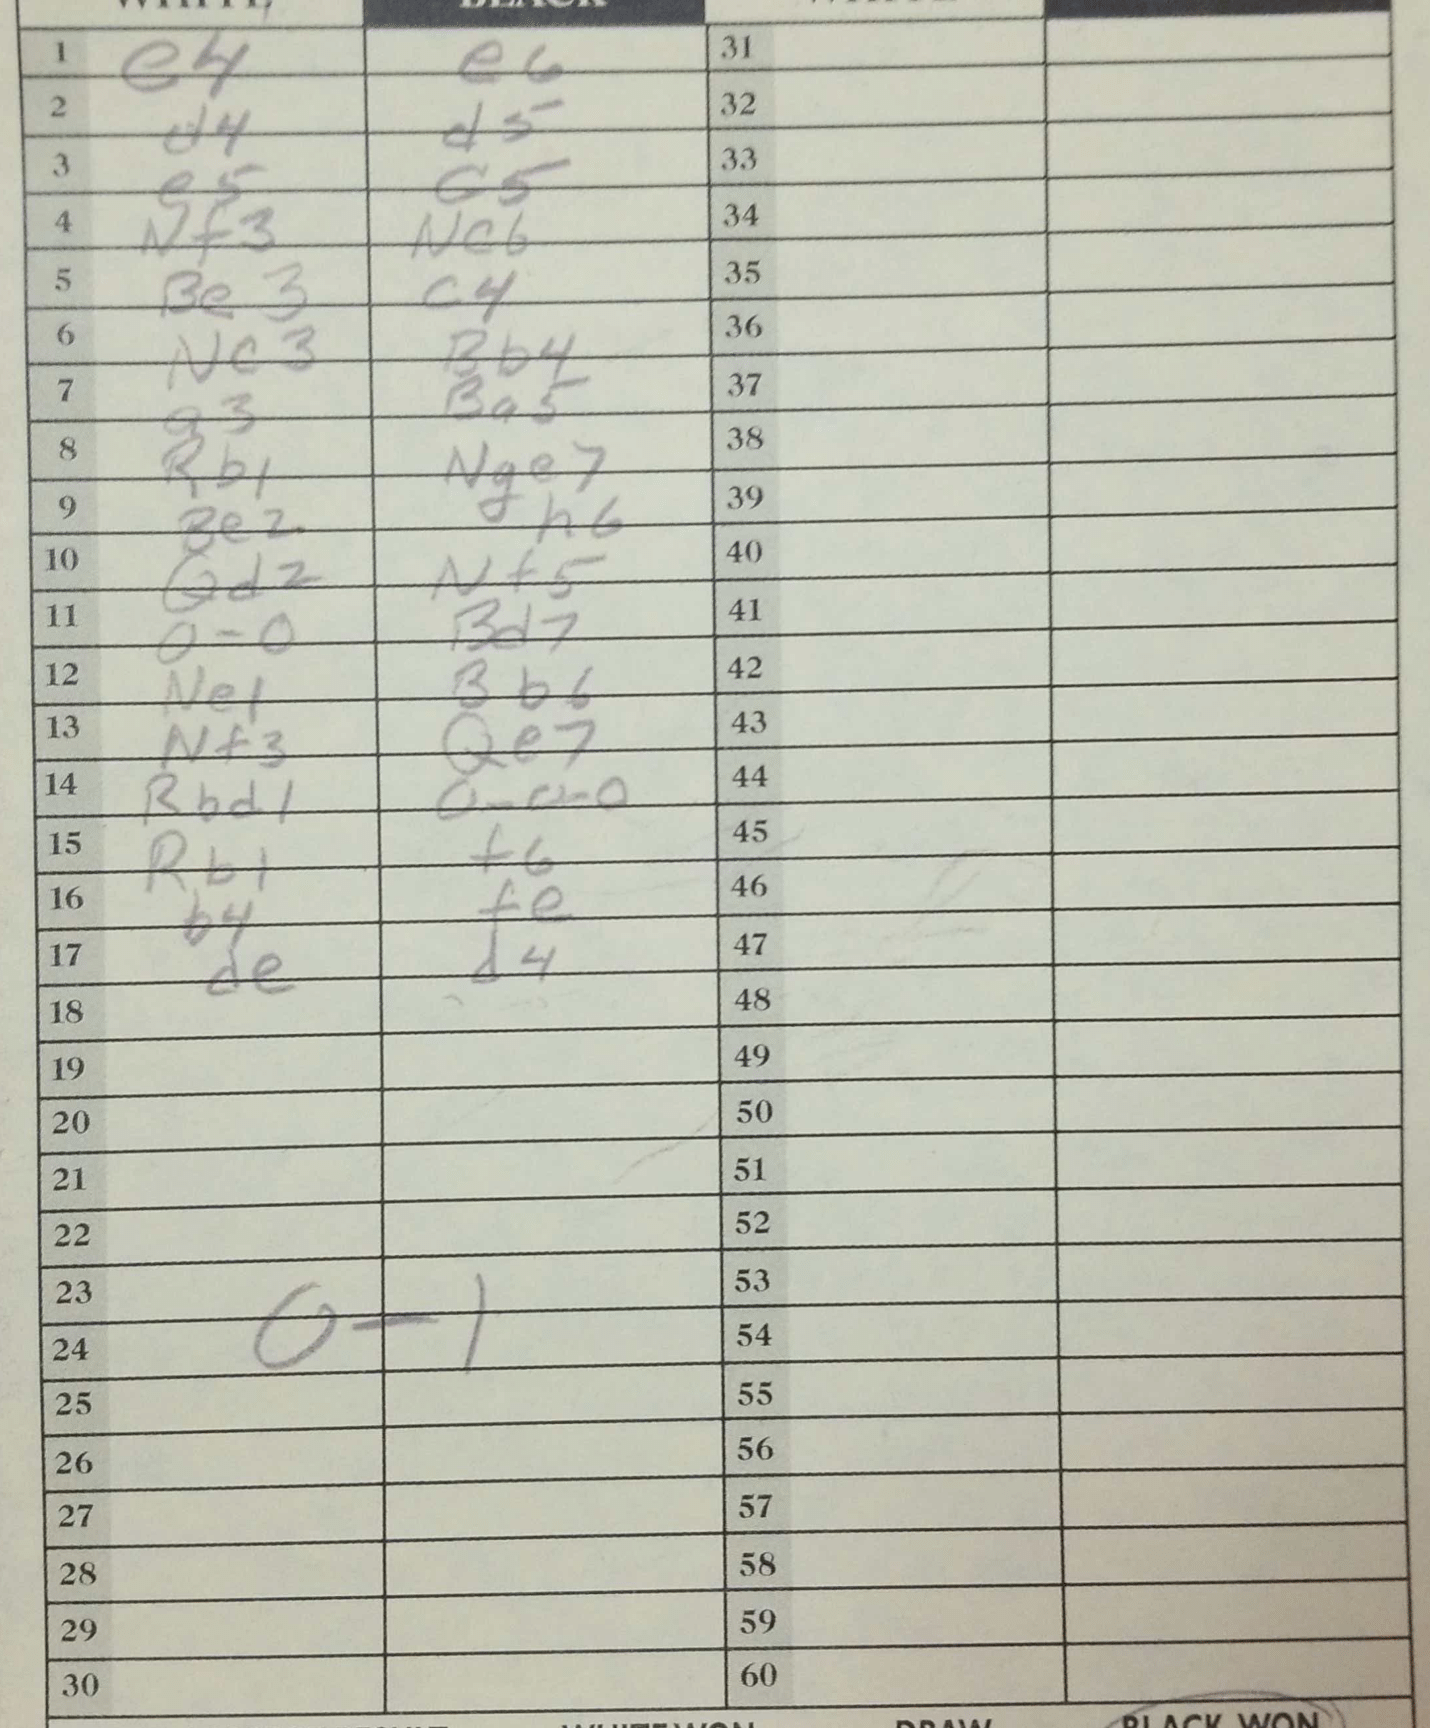
Moves: e4 e6 d4 d5 e5 c5 Nf3 Nc6 Be3 c4 Nc3 Bb4 a3 Ba5 Rb1 Nge7 Be2 h6 Qd2 Nf5 O-O Bd7 Ne1 Bb6 Nf3 Qe7 Rbd1 O-O-O Rb1 f6 b4 fe de d4